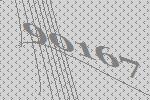
90167